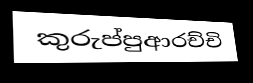
කුරුප්පුආරච්චි